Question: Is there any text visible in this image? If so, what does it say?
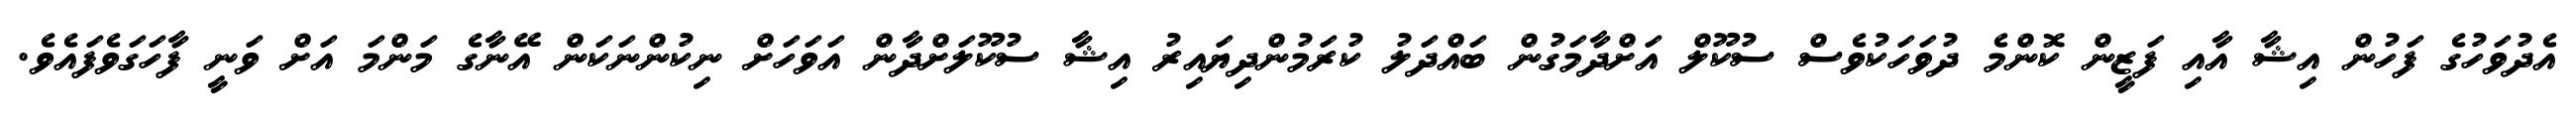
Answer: އެދުވަހުގެ ފަހުން އިޝާ އާއި ފަޒީން ކޮންމެ ދުވަހަކުވެސް ސުކޫލް އަށްދާމަގުން ބައްދަލު ކުރަމުންދިޔައިރު އިޝާ ސުކޫލަށްދާން އަވަހަށް ނިކުންނަކަން އޭނާގެ މަންމަ އަށް ވަނީ ފާހަގަވެފައެވެ.